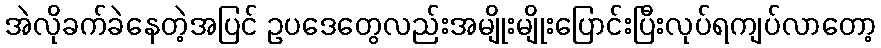
အဲလိုခက်ခဲနေတဲ့အပြင် ဥပဒေတွေလည်းအမျိုးမျိုးပြောင်းပြီးလုပ်ရကျပ်လာတော့